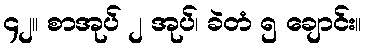
၄၂။ စာအုပ် ၂ အုပ်၊ ခဲတံ ၅ ချောင်း။